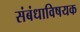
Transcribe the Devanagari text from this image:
संबंधाविषयक